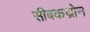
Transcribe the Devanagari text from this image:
सीबकथ्रोन